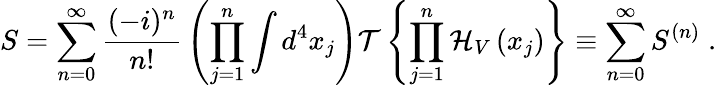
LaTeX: S=\sum_{n=0}^{\infty}{\frac{(-i)^{n}}{n!}}\left(\prod_{j=1}^{n}\int d^{4}x_{j}\right){\mathcal{T}}\left\{ \prod_{j=1}^{n}{\mathcal{H}}_{V}\left(x_{j}\right)\right\} \equiv\sum_{n=0}^{\infty}S^{(n)}\; .